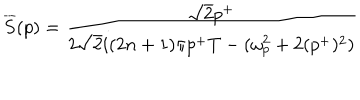
\overline { { { S } } } ( p ) = \frac { \sqrt { 2 } p ^ { + } } { 2 \sqrt { 2 } i ( 2 n + 1 ) \pi p ^ { + } T - ( \omega _ { p } ^ { 2 } + 2 ( p ^ { + } ) ^ { 2 } ) }